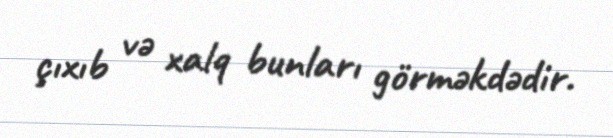
çıxıb və xalq bunları görməkdədir.